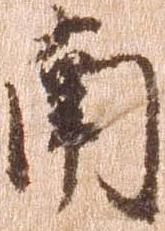
南